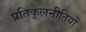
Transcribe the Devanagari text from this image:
प्रतिकूलनीतियों